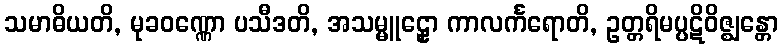
သမာဓိယတိ, မုခဝဏ္ဏော ပသီဒတိ, အသမ္မူဠှော ကာလင်္ကရောတိ, ဥတ္တရိမပ္ပဋိဝိဇ္ဈန္တော